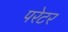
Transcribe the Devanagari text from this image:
परेटर